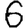
Digit: 6